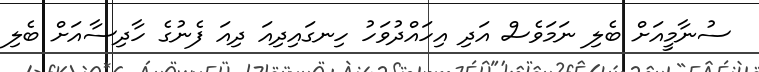
ސުނާމީއަށް ބެލި ނަމަވެސް އަދި އިހައްދުވަހު ހިނގައިދިއަ ދިއަ ފެނުގެ ހާދިސާއަށް ބެލި